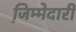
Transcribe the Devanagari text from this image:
जि़म्मेदारी